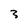
Character: 3